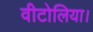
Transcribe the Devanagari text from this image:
वीटोलिया।